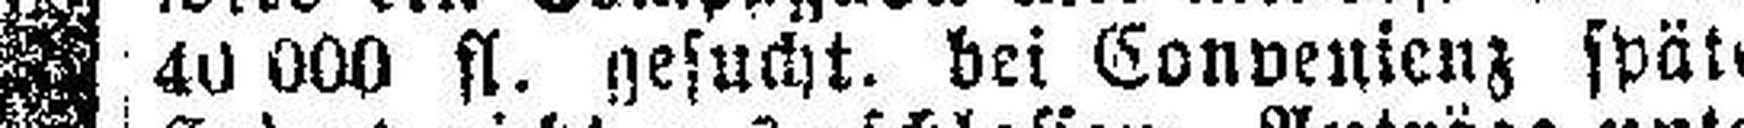
40 000 fl. gesucht. bei Convenienz später